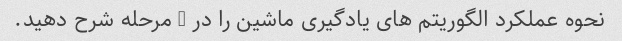
نحوه عملکرد الگوریتم های یادگیری ماشین را در 5 مرحله شرح دهید.